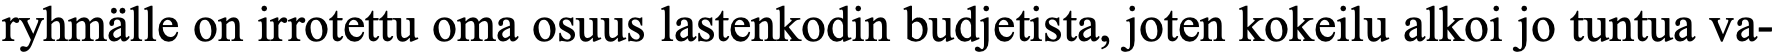
ryhmälle on irrotettu oma osuus lastenkodin budjetista, joten kokeilu alkoi jo tuntua va-